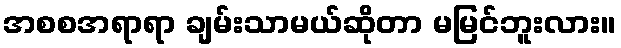
အစစအရာရာ ချမ်းသာမယ်ဆိုတာ မမြင်ဘူးလား။